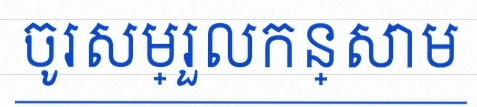
ចូរសម្រួលកន្សោម